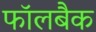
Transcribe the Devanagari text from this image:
फॉलबैक